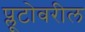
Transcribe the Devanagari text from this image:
प्लूटोवरील